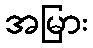
အမြား